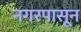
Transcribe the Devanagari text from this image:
नगरपासून